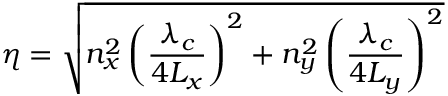
\eta = \sqrt { n _ { x } ^ { 2 } \left( \frac { \lambda _ { c } } { 4 L _ { x } } \right) ^ { 2 } + n _ { y } ^ { 2 } \left( \frac { \lambda _ { c } } { 4 L _ { y } } \right) ^ { 2 } }